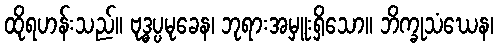
ထိုရဟန်းသည်။ ဗုဒ္ဓပ္ပမုခေန၊ ဘုရားအမှူးရှိသော။ ဘိက္ခုသံဃေန၊